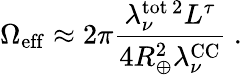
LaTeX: \Omega_{\mathrm{eff}}\approx 2\pi\frac{\lambda_{\nu}^{\mathrm{tot}\, 2}L^{\tau}}{4R_{\oplus}^{2}\lambda_{\nu}^{\mathrm{CC}}}\ .